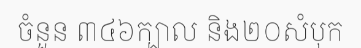
ចំនួន ៣៤៦ក្បាល និង២០សំបុក